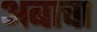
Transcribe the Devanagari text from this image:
अबाचा